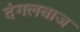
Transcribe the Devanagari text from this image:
दंगलबाज